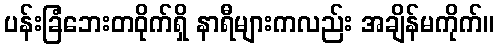
ပန်းခြံဘေးတဝိုက်ရှိ နာရီများကလည်း အချိန်မကိုက်။